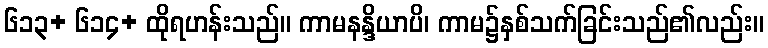
၆၁၃+ ၆၁၄+ ထိုရဟန်းသည်။ ကာမနန္ဒိယာပိ၊ ကာမ၌နှစ်သက်ခြင်းသည်၏လည်း။